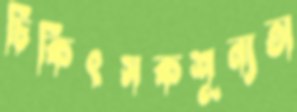
চিকিৎসকশূন্যতা